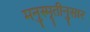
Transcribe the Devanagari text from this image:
मनुस्मृतीनुसार